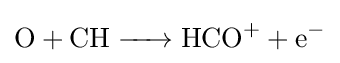
{\ce {O + CH -> HCO+ + e^-}}